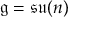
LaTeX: { \mathfrak { g } } = { \mathfrak { s u } } ( n )